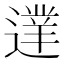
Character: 𨖐